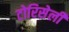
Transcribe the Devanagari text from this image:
टोरिसेली